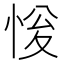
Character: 𢚔